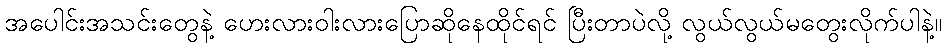
အပေါင်းအသင်းတွေနဲ့ ဟေးလားဝါးလားပြောဆိုနေထိုင်ရင် ပြီးတာပဲလို့ လွယ်လွယ်မတွေးလိုက်ပါနဲ့။